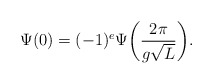
\begin{align*}\Psi(0)=(-1)^e\Psi\bigg(\frac{2\pi}{g\sqrt L}\bigg).\end{align*}